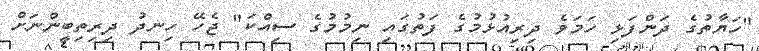
"ހަޔާތުގެ ދަންފަޅި ހަމަވެ ދިރިއުޅުމުގެ ފަތުގައި ނިމުމުގެ ސިއްކަ" ޖެހޭ ހިނދު ދިރިތިބީންނަށް